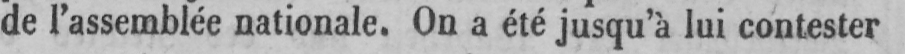
de l’assemblée nationale. On a été jusqu’à lui contester